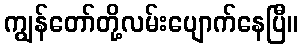
ကျွန်တော်တို့လမ်းပျောက်နေပြီ။